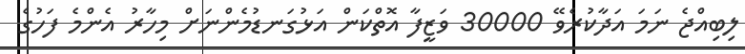
ލިބިއްޖެ ނަމަ އަދާކުރެވޭ 30000 ވަޒީފާ އޮތްކަން އަޅުގަނޑުމެންނަށް މިހާރު އެންމެ ފަހުގެ